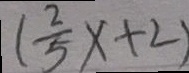
( \frac { 2 } { 5 } x + 2 )